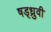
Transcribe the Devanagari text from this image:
षड्ध्रुवी